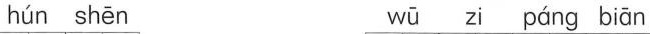
hún shēn wū zi páng biān